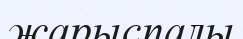
жарыспалы